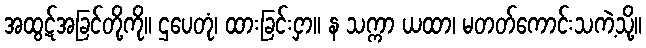
အထွဋ်အခြင်တို့ကို။ ဌပေတုံ၊ ထားခြင်းငှာ။ န သက္ကာ ယထာ၊ မတတ်ကောင်းသကဲ့သို့။